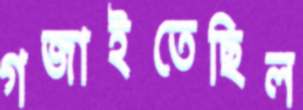
গজাইতেছিল